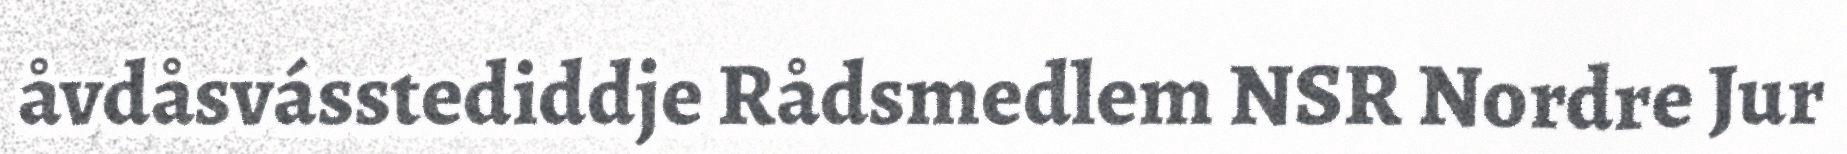
åvdåsvásstediddje Rådsmedlem NSR Nordre Jur